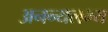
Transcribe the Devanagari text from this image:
अनन्यलभ्य